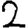
Digit: 2